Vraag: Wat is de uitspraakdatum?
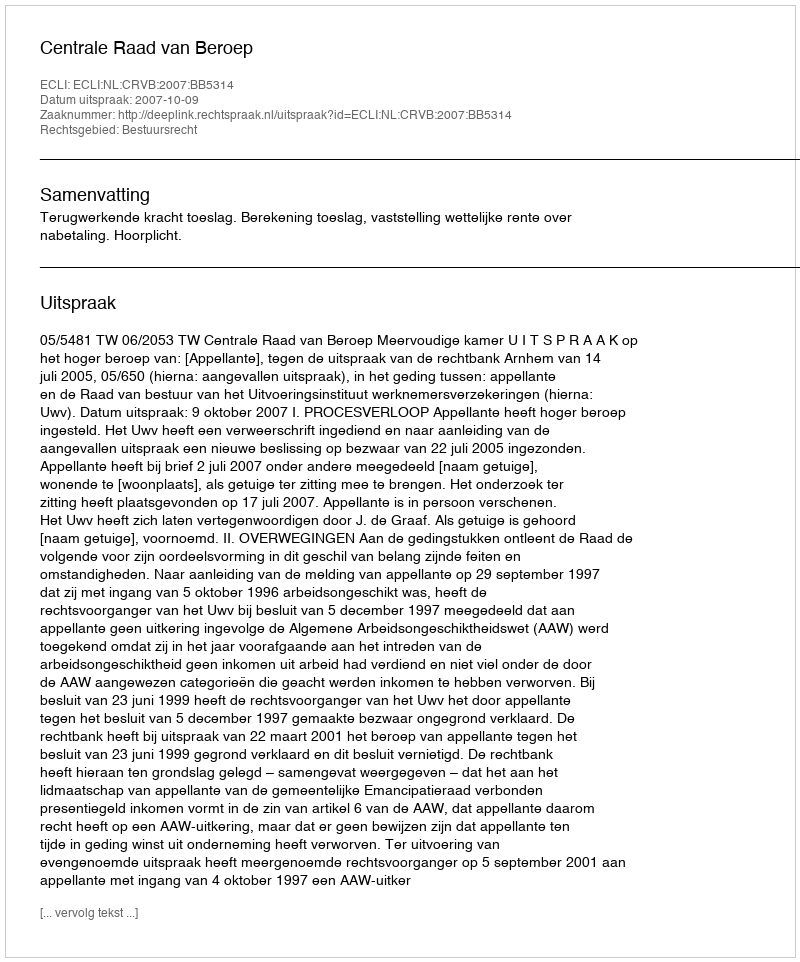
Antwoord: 2007-10-09